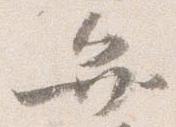
弁